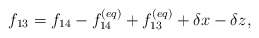
\begin{align*}{f_{13}} = {f_{14}} - f_{14}^{\left( {eq} \right)} + f_{13}^{\left( {eq} \right)} + \delta x - \delta z,\end{align*}